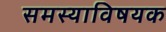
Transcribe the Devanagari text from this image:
समस्याविषयक